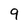
Character: 9